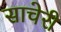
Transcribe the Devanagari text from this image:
साचेरी